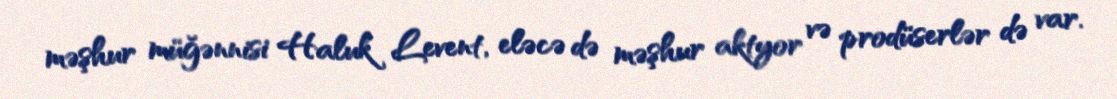
məşhur müğənnisi Haluk Levent, eləcə də məşhur aktyor və prodüserlər də var.